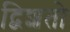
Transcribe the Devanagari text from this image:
द्विशतो